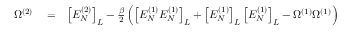
\begin{array} { r l r } { \Omega ^ { ( 2 ) } } & { { } = } & { \left[ E _ { N } ^ { ( 2 ) } \right] _ { L } - \frac { \beta } { 2 } \left( \left[ { E _ { N } ^ { ( 1 ) } E _ { N } ^ { ( 1 ) } } \right] _ { L } + \left[ E _ { N } ^ { ( 1 ) } \right] _ { L } \left[ E _ { N } ^ { ( 1 ) } \right] _ { L } - \Omega ^ { ( 1 ) } \Omega ^ { ( 1 ) } \right) } \end{array}